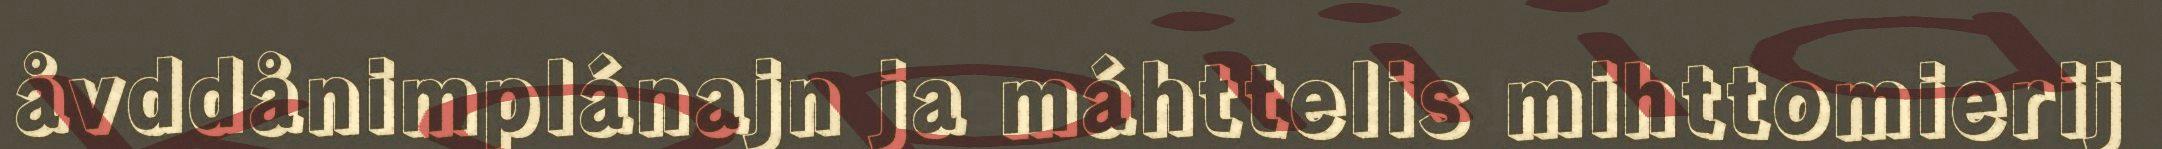
åvddånimplánajn ja máhttelis mihttomierij